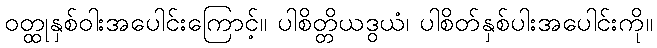
ဝတ္ထုနှစ်ဝါးအပေါင်းကြောင့်။ ပါစိတ္တိယဒွယံ၊ ပါစိတ်နှစ်ပါးအပေါင်းကို။